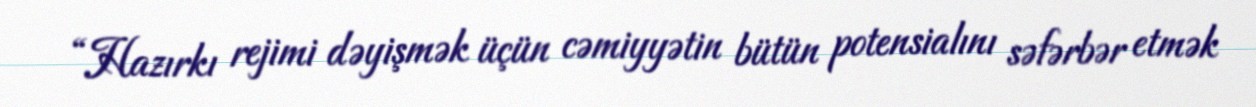
“Hazırkı rejimi dəyişmək üçün cəmiyyətin bütün potensialını səfərbər etmək